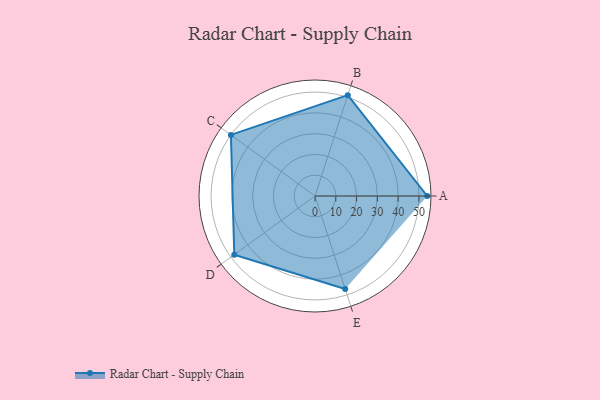
{"axis": {"x": "Skill", "y": "Score"}, "legend": ["Profile"], "data": [{"x": "A", "y": 54.0, "type": "Profile"}, {"x": "B", "y": 51.0, "type": "Profile"}, {"x": "C", "y": 50.0, "type": "Profile"}, {"x": "D", "y": 48.0, "type": "Profile"}, {"x": "E", "y": 47.0, "type": "Profile"}]}